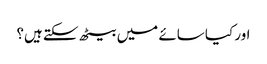
اور کیا سائے میں بیٹھ سکتے ہیں؟